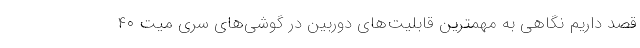
قصد داریم نگاهی به مهمترین قابلیت‌های دوربین در گوشی‌های سری میت ۴۰